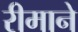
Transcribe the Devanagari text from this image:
रीमाने